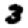
Digit: 3